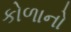
કોળાનો